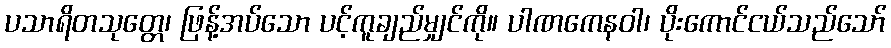
ပသာရိတသုတ္တေ၊ ဖြန့်အပ်သော ပင့်ကူချည်မျှင်ကို။ ပါဏကေနဝါ၊ ပိုးကောင်ငယ်သည်သော်